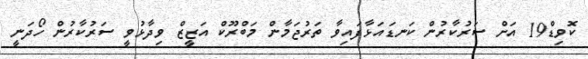
ކޮވިޑް19 އަށް ސަރުކާރުން ކަނޑައަޅާފައިވާ ތަރުޖަމާން މަބްރޫކް އަޒީީޒް ވިދާޅުވީ ސަރުކާރުން ހޯދަނީ